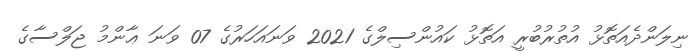
ނިލަންދެއަތޮޅު އުތުރުބުރީ އަތޮޅު ކައުންސިލްގެ 2021 ވަނައަހަރުގެ 07 ވަނަ ޢާންމު ޖަލްސާގެ